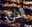
الذي